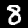
Digit: 8